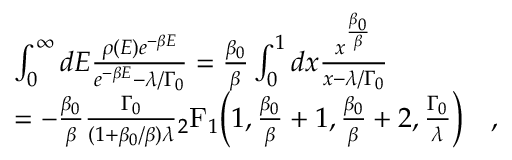
\begin{array} { r l } & { \int _ { 0 } ^ { \infty } d E \frac { \rho ( E ) e ^ { - \beta E } } { e ^ { - \beta E } - \lambda / \Gamma _ { 0 } } = \frac { \beta _ { 0 } } { \beta } \int _ { 0 } ^ { 1 } d x \frac { x ^ { \frac { \beta _ { 0 } } { \beta } } } { x - \lambda / \Gamma _ { 0 } } } \\ & { = - \frac { \beta _ { 0 } } { \beta } \frac { \Gamma _ { 0 } } { ( 1 + \beta _ { 0 } / \beta ) \lambda } \mathstrut _ { 2 } \mathrm { F } _ { 1 } \Big ( 1 , \frac { \beta _ { 0 } } { \beta } + 1 , \frac { \beta _ { 0 } } { \beta } + 2 , \frac { \Gamma _ { 0 } } { \lambda } \Big ) \quad , } \end{array}